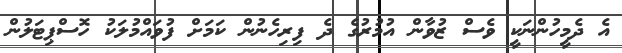
އެ ދެމީހުންނަކީ ވެސް ޒުވާން އުމުރުގެ ދެ ފިރިހެނުން ކަމަށް ފުވައްމުލަކު ހޮސްޕިޓަލުން